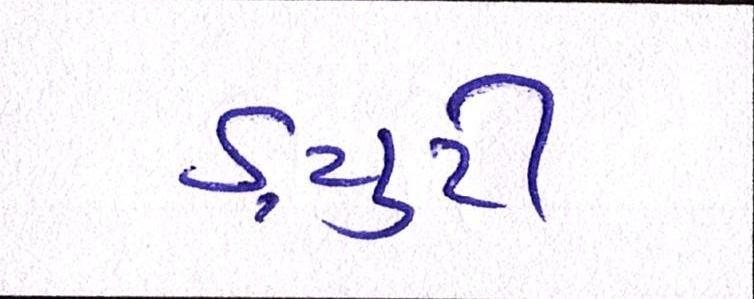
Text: ડ્યુટી